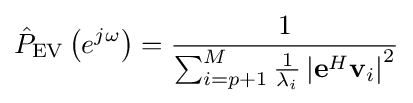
{\hat {P}}_{\text{EV}}\left(e^{j\omega }\right)={\frac {1}{\sum _{i=p+1}^{M}{\frac {1}{\lambda _{i}}}\left|\mathbf {e} ^{H}\mathbf {v} _{i}\right|^{2}}}